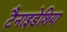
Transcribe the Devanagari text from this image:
टैनाइडेशिया